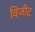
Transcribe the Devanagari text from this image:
विजीट